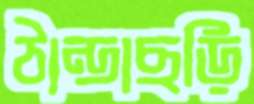
ঠান্ডাছড়ি